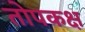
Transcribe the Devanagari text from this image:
तोपकक्ष